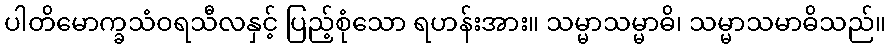
ပါတိမောက္ခသံဝရသီလနှင့် ပြည့်စုံသော ရဟန်းအား။ သမ္မာသမ္မာဓိ၊ သမ္မာသမာဓိသည်။